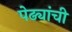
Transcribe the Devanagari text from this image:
पेढ्यांची